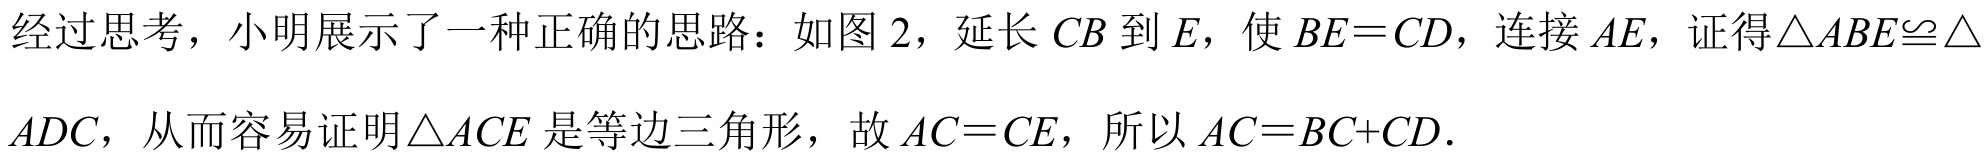
经过思考，小明展示了一种正确的思路：如图 2，延长 \(CB\) 到 \(E\)，使 \(BE = CD\)，连接 \(AE\)，证得\(\triangle ABE\cong\triangle\)
\(ADC\)，从而容易证明\(\triangle ACE\) 是等边三角形，故 \(AC = CE\)，所以 \(AC = BC + CD\).